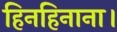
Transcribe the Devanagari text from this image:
हिनहिनाना।